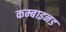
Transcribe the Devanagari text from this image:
कम्बाइनड